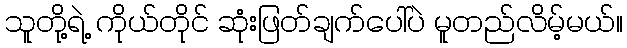
သူတို့ရဲ့ ကိုယ်တိုင် ဆုံးဖြတ်ချက်ပေါ်ပဲ မူတည်လိမ့်မယ်။